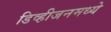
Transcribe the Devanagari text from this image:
डिव्हीजनमध्ये